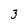
Character: 3